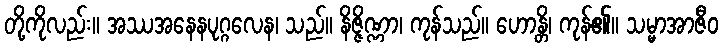
တို့ကိုလည်း။ အဿအနေနပုဂ္ဂလေန၊ သည်။ နိဇ္ဇိဏ္ဏာ၊ ကုန်သည်။ ဟောန္တိ၊ ကုန်၏။ သမ္မာအာဇီဝ